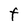
Character: F